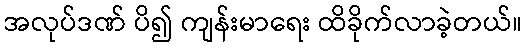
အလုပ်ဒဏ် ပိ၍ ကျန်းမာရေး ထိခိုက်လာခဲ့တယ်။